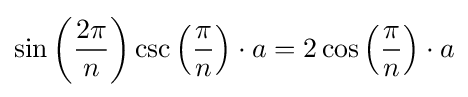
\sin \left({\frac {2\pi }{n}}\right)\csc \left({\frac {\pi }{n}}\right)\cdot a=2\cos \left({\frac {\pi }{n}}\right)\cdot a